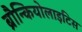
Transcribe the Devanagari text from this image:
ब्रौन्कियोलाइटिस